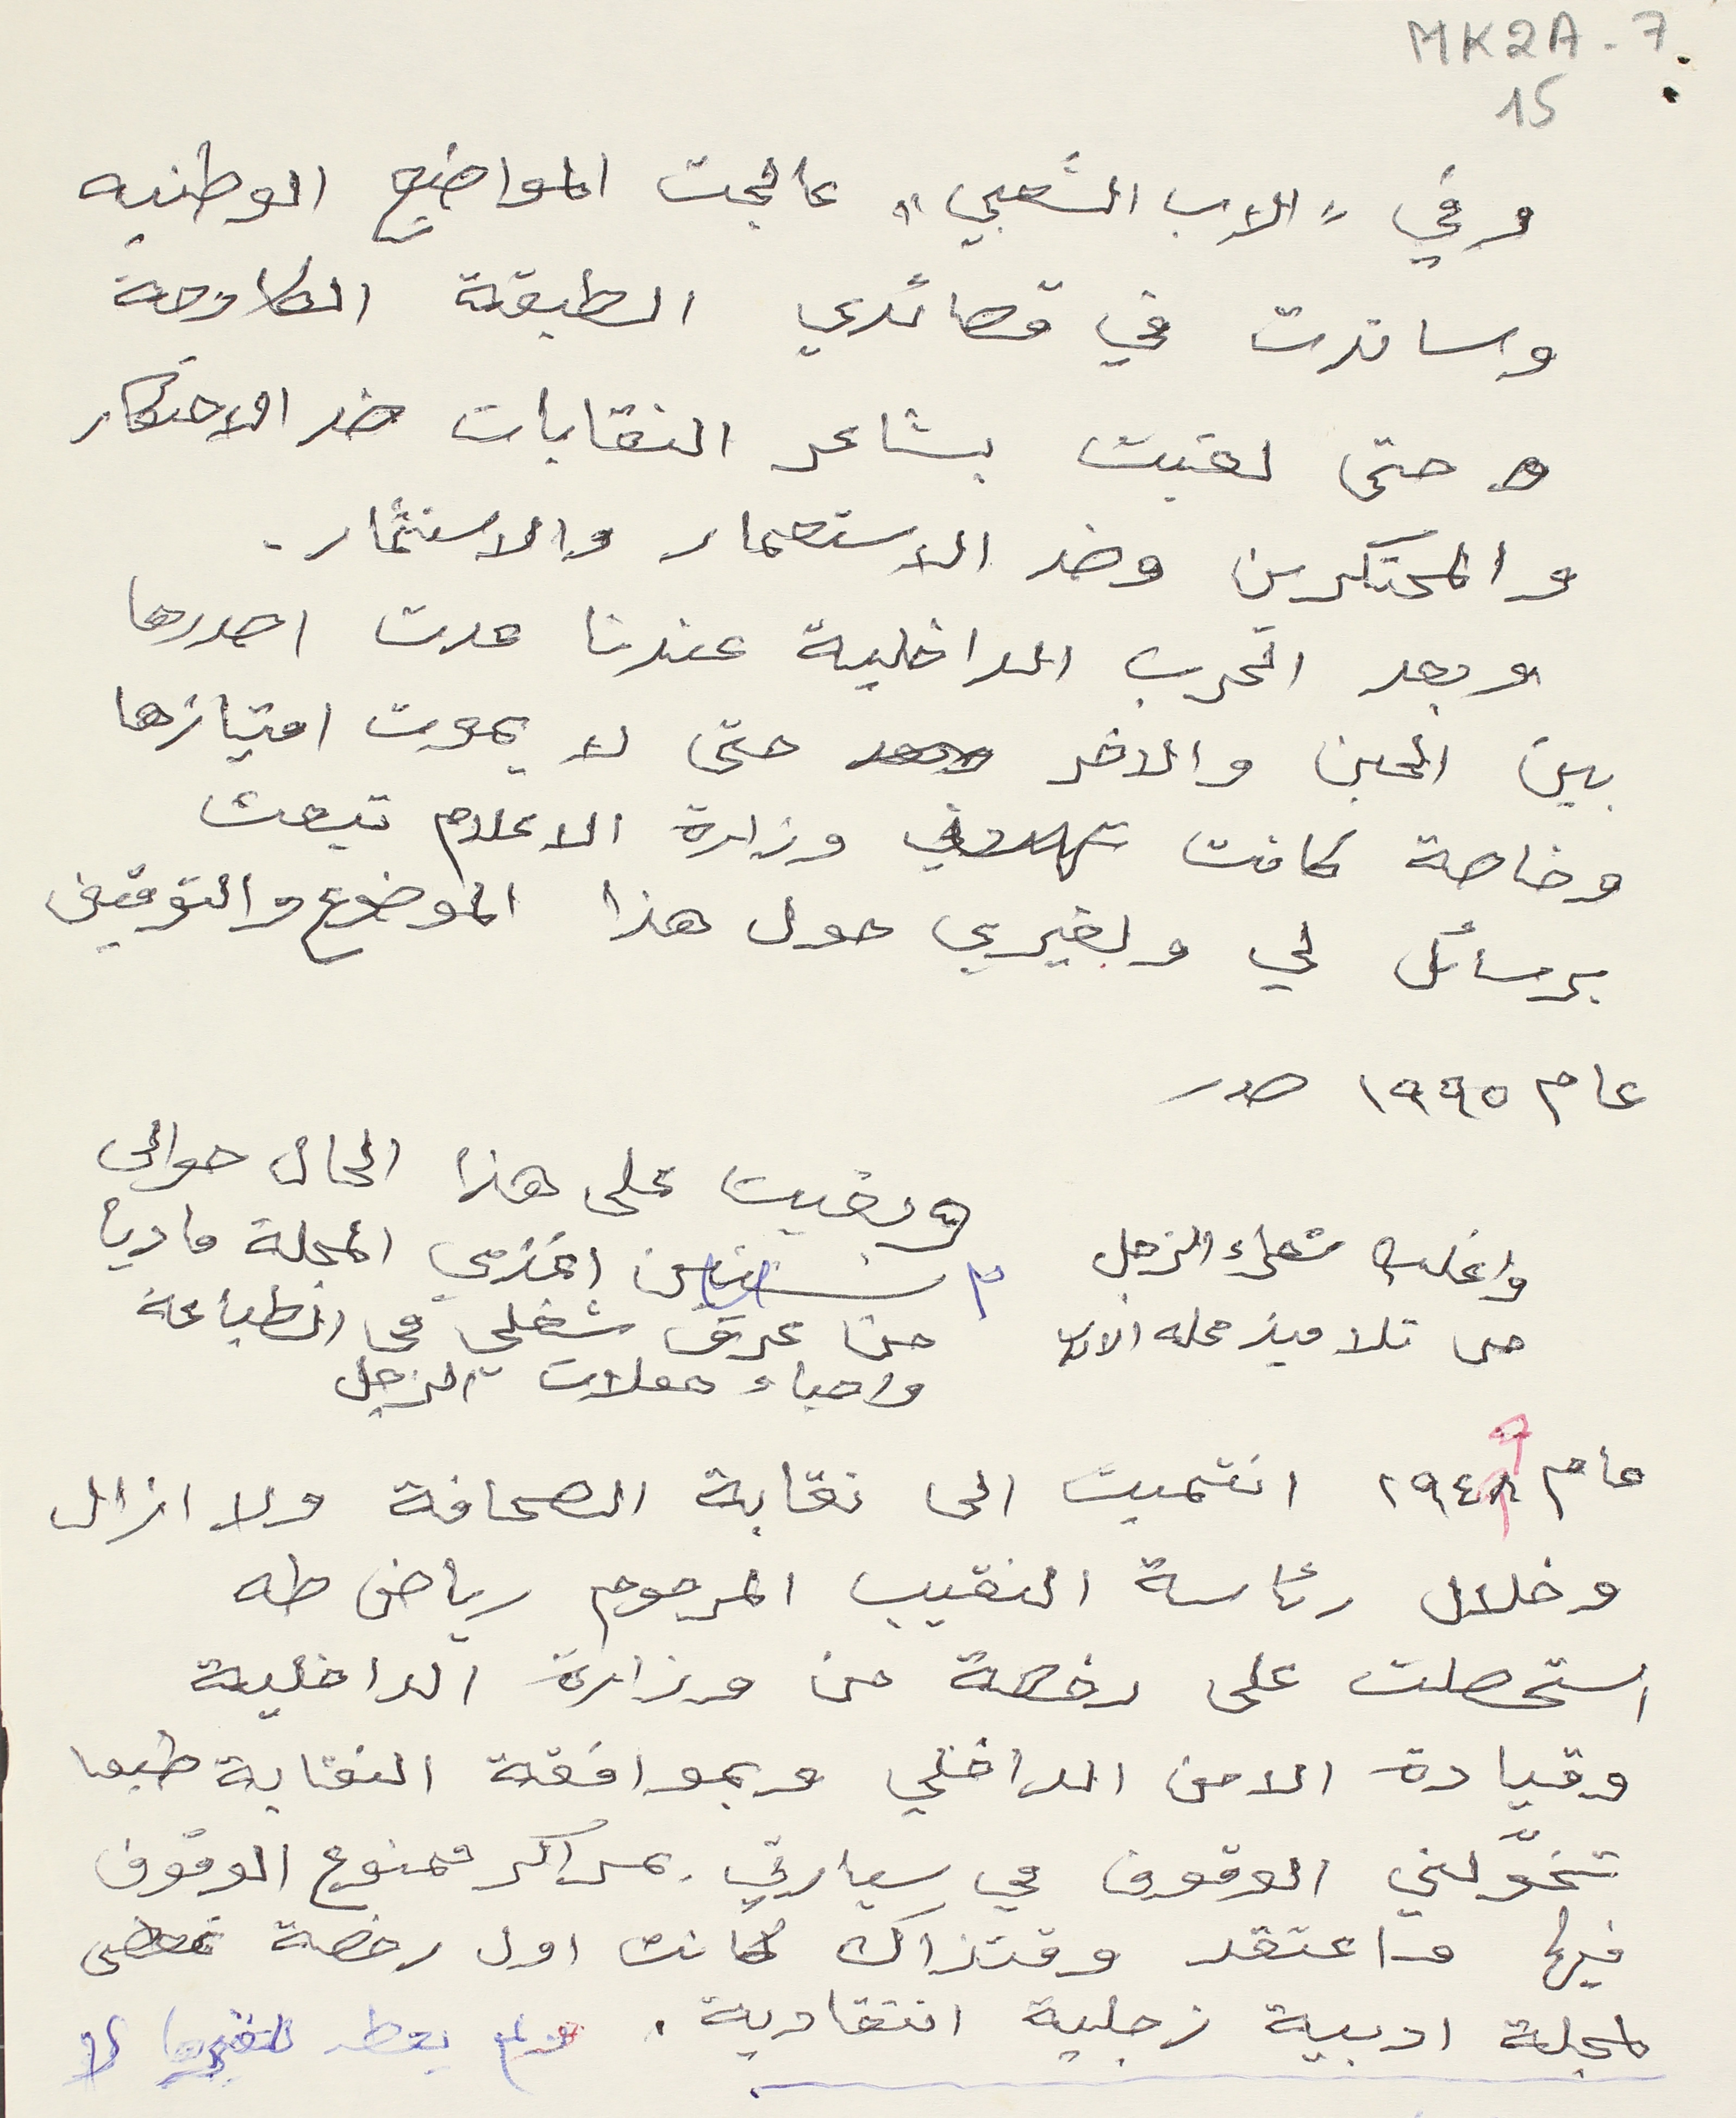
MK2A-7 15
وفي " الاب الشعبي " عالجت المواضيع الوطنيه
وساندت في قصائدي الطبقة الكادحة
حتى لقبت بشاعر النقابات ضد الاحتكار
والمحتكرين وضد الاستعمار والاستثمار.
وبعد الحرب الداخلية عندنا عدت اصدرها
بين الحين والاخر حتى لا يموت امتيازها
وخاصة كانت وزارة الاعلام تبعث
برسائل لي ولغيري حول هذا الموضوع والتوقيف عام
عام ١٩٩٥ صدر
واغلب شعراء الزجل
حتى تلاميذ محلة الادب
٣ سنين اغذي المجلة ماديا
من عرق شغلي في الطباعة
واحياء حفلات الزجل
وبقيت على هذا الحال
عام ١٩٤٨ انتميت الى نقابة الصحافة ولا ازال
وخلال رئاسة النقيب المرحوم رياض طه
استحصلت على رخصة من وزارة الداخلية
وقيادة الامن الداخلي وبموافقة النقابة طبعا
تخوّلني الوقوف في سيارتي بمراكز ممنوع الوقوف
فيها واعتقد وقتذاك كانت اول رخصة تمضى
لمجلة ادبية زجلية انتقادية.